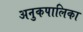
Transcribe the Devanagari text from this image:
अनुकपालिका